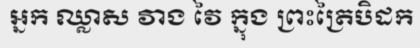
ឣ្នក ឈ្លាស វាង វៃ ក្នុង ព្រះត្រៃបិដក